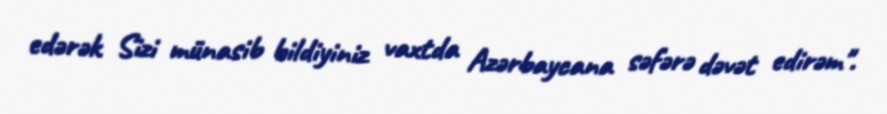
edərək Sizi münasib bildiyiniz vaxtda Azərbaycana səfərə dəvət edirəm".